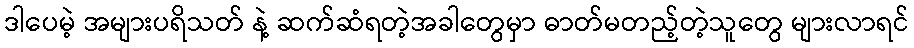
ဒါပေမဲ့ အများပရိသတ် နဲ့ ဆက်ဆံရတဲ့အခါတွေမှာ ဓာတ်မတည့်တဲ့သူတွေ များလာရင်